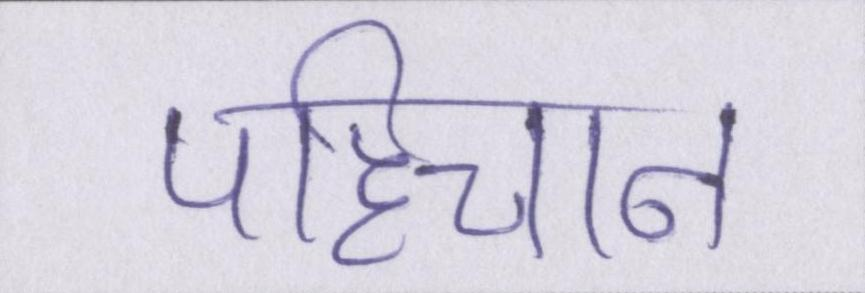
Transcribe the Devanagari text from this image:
पहिचान